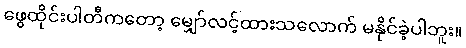
ဖွေထိုင်းပါတီကတော့ မျှော်လင့်ထားသလောက် မနိုင်ခဲ့ပါဘူး။